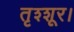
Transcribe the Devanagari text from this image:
तृश्शूर।